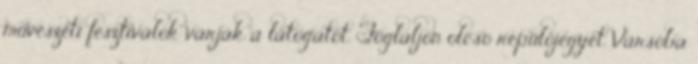
művészeti fesztiválok várják a látogatót. Foglaljon olcsó repülőjegyet Varsóba